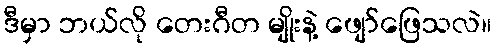
ဒီမှာ ဘယ်လို တေးဂီတ မျိုးနဲ့ ဖျော်ဖြေသလဲ။